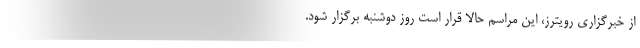
از خبرگزاری رویترز، این مراسم حالا قرار است روز دوشنبه برگزار شود.